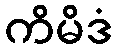
ကိမိဒံ